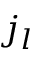
j _ { l }